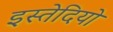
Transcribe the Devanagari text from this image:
इस्तेदियो